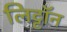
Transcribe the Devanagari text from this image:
लिट्टॉन